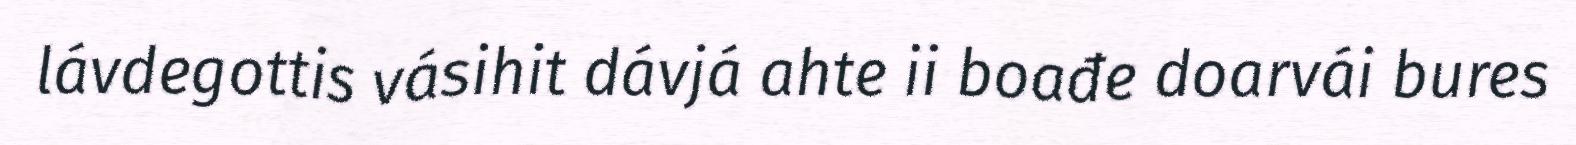
lávdegottis vásihit dávjá ahte ii boađe doarvái bures